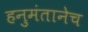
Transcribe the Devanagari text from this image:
हनुमंतानेच